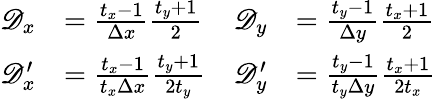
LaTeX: \begin{array}{rlrl}{\mathscr D_{x}}&{=\frac{t_{x}-1}{\Delta x}\frac{t_{y}+1}{2}}&{\mathscr D_{y}}&{=\frac{t_{y}-1}{\Delta y}\frac{t_{x}+1}{2}}\\ {\mathscr D_{x}^{\prime}}&{=\frac{t_{x}-1}{t_{x}\Delta x}\frac{t_{y}+1}{2t_{y}}}&{\mathscr D_{y}^{\prime}}&{=\frac{t_{y}-1}{t_{y}\Delta y}\frac{t_{x}+1}{2t_{x}}}\end{array}